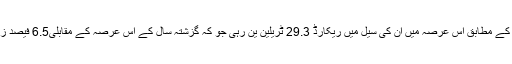
رپورٹ کے مطابق اس عرصہ میں ان کی سیل میں ریکارڈ 29.3 ٹریلین ین رہی جو کہ گزشتہ سال کے اس عرصہ کے مقابلی6.5 فیصد زیادہ ہے۔